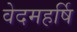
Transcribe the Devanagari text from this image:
वेदमहर्षि